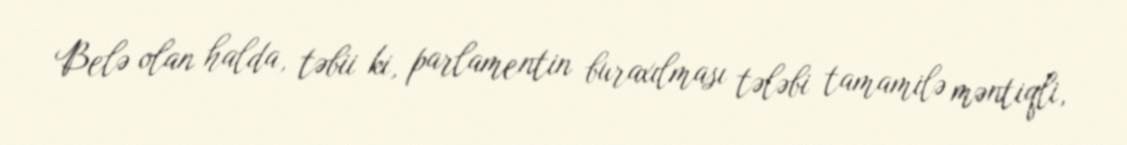
Belə olan halda, təbii ki, parlamentin buraxılması tələbi tamamilə məntiqli,